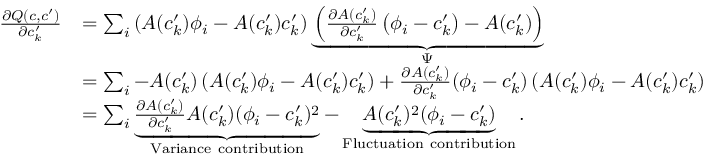
\begin{array} { r l } { \frac { \partial Q ( c , c ^ { \prime } ) } { \partial c _ { k } ^ { \prime } } } & { = \sum _ { i } \left( A ( c _ { k } ^ { \prime } ) \phi _ { i } - A ( c _ { k } ^ { \prime } ) c _ { k } ^ { \prime } \right) \underbrace { \left( \frac { \partial A ( c _ { k } ^ { \prime } ) } { \partial c _ { k } ^ { \prime } } \left( \phi _ { i } - c _ { k } ^ { \prime } \right) - A ( c _ { k } ^ { \prime } ) \right) } _ { \Psi } } \\ & { = \sum _ { i } - A ( c _ { k } ^ { \prime } ) \left( A ( c _ { k } ^ { \prime } ) \phi _ { i } - A ( c _ { k } ^ { \prime } ) c _ { k } ^ { \prime } \right) + \frac { \partial A ( c _ { k } ^ { \prime } ) } { \partial c _ { k } ^ { \prime } } ( \phi _ { i } - c _ { k } ^ { \prime } ) \left( A ( c _ { k } ^ { \prime } ) \phi _ { i } - A ( c _ { k } ^ { \prime } ) c _ { k } ^ { \prime } \right) } \\ & { = \sum _ { i } \underbrace { \frac { \partial A ( c _ { k } ^ { \prime } ) } { \partial c _ { k } ^ { \prime } } A ( c _ { k } ^ { \prime } ) ( \phi _ { i } - c _ { k } ^ { \prime } ) ^ { 2 } } _ { \mathrm { V a r i a n c e ~ c o n t r i b u t i o n } } - \underbrace { A ( c _ { k } ^ { \prime } ) ^ { 2 } ( \phi _ { i } - c _ { k } ^ { \prime } ) } _ { \mathrm { F l u c t u a t i o n ~ c o n t r i b u t i o n } } . } \end{array}